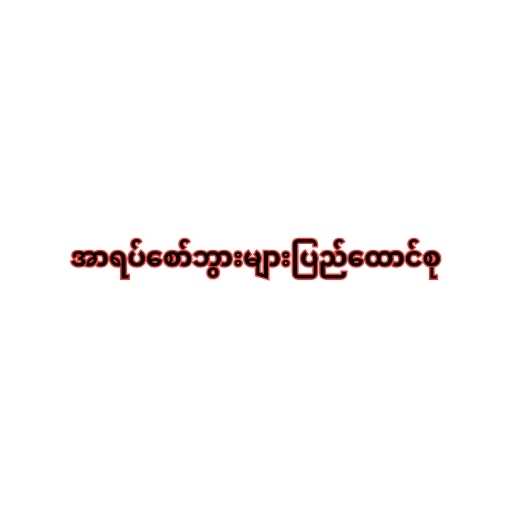
အာရပ်စော်ဘွားများပြည်ထောင်စု